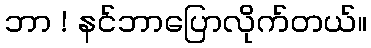
ဘာ ! နင်ဘာပြောလိုက်တယ်။